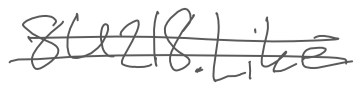
Text: 8U218.Like
Cross-out: double-line
Writing tool: digital_gray